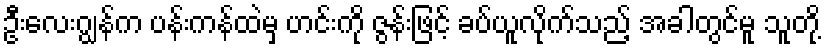
ဦးလေးဂျွန်က ပန်းကန်ထဲမှ ဟင်းကို ဇွန်းဖြင့် ခပ်ယူလိုက်သည့် အခါတွင်မူ သူတို့